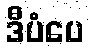
ဒီပံပေ